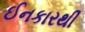
ઈનકારથી